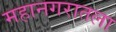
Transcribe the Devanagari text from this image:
महानगरातला